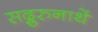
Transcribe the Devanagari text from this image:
सद्गुरुनाथें